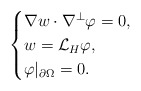
\begin{align*}\begin{cases}\nabla w\cdot \nabla^\perp\varphi=0,\\w=\mathcal{L}_H\varphi,\\ \varphi|_{\partial \Omega}=0.\end{cases}\end{align*}